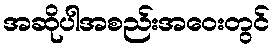
အဆိုပါအစည်းအဝေးတွင်